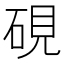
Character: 硯